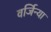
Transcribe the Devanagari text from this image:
वर्जिन्या